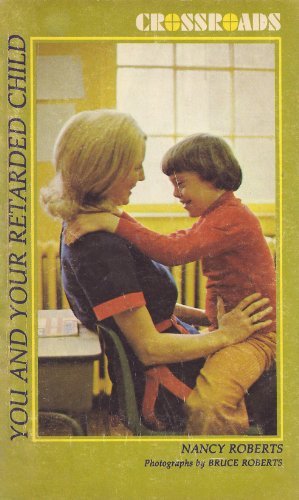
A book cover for You and your retarded child (Crossroads); Nancy Roberts; Health, Fitness & Dieting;